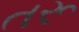
તરૂ